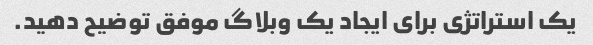
یک استراتژی برای ایجاد یک وبلاگ موفق توضیح دهید.